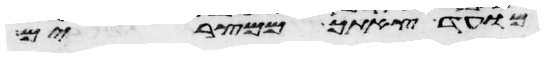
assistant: מועד צאתך ממצרים